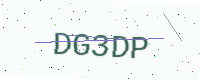
Text: DG3DP